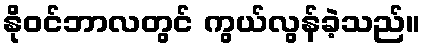
နိုဝင်ဘာလတွင် ကွယ်လွန်ခဲ့သည်။